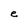
Character: e